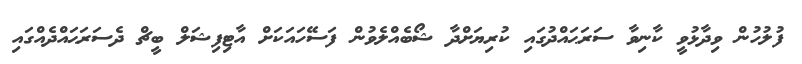
ފުލުހުން ވިދާޅުވީ ކާނިވާ ސަރަޙައްދުގައި ކުރިޔަށްދާ ޝޯބެއްލެވުން ފަސޭހައަކަށް އާޓިފިޝަލް ބީޗް ދެސަރަޙައްދެއްގައި